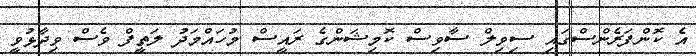
އެ ކޮންފަރެންސްގައި ސިވިލް ސާވިސް ކޮމިޝަންގެ ރައީސް މުހައްމަދު ލަތީފް ވެސް ވިދާޅުވީ